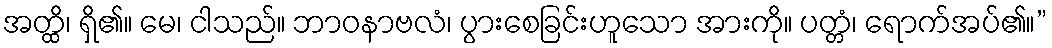
အတ္ထိ၊ ရှိ၏။ မေ၊ ငါသည်။ ဘာဝနာဗလံ၊ ပွားစေခြင်းဟူသော အားကို။ ပတ္တံ၊ ရောက်အပ်၏။”